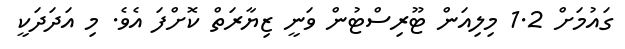
ގައުމަށް 1.2 މިލިއަން ޓޫރިސްޓުން ވަނީ ޒިޔާރަތް ކޮށްފަ އެވެ. މި އަދަދަކީ